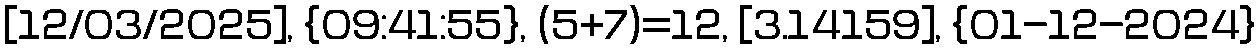
[12/03/2025], {09:41:55}, (5+7)=12, [3.14159], {01-12-2024}